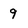
Character: 9